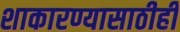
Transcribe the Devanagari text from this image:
शाकारण्यासाठीही